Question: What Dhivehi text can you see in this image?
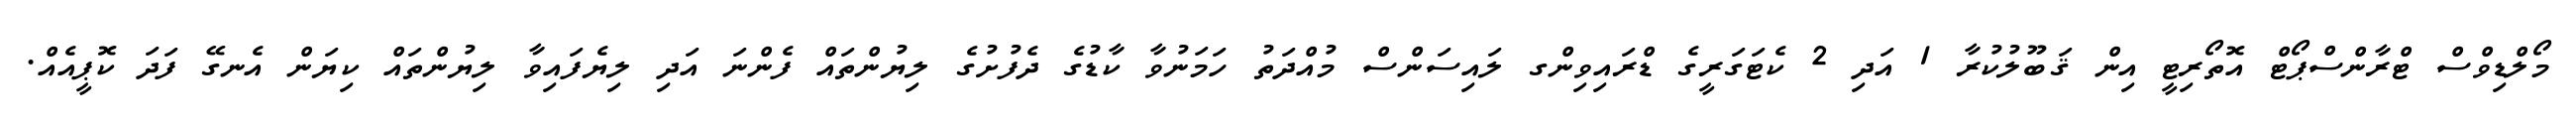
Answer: މޯލްޑިވްސް ޓްރާންސްޕޯޓް އޮތޯރިޓީ އިން ޤަބޫލުކުރާ 1 އަދި 2 ކެޓަގަރީގެ ޑްރައިވިންގ ލައިސަންސް މުއްދަތު ހަމަނުވާ ކާޑުގެ ދެފުށުގެ ލިޔުންތައް ފެންނަ އަދި ލިޔެފައިވާ ލިޔުންތައް ކިޔަން އެނގޭ ފަދަ ކޮޕީއެއް.